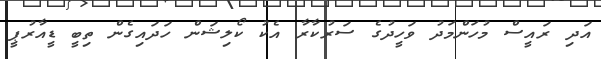
އަދި ރައީސް މުހަންމަދު ވަހީދުގެ ސަރުކާރާ އެކު ކޯލިޝަން ހަދައިގެން ތިބީ ޑީއާރުޕީ